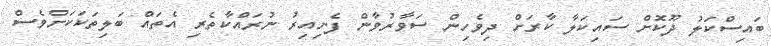
ބައިސްކަލު ދޫކޮށް ސައިކަލާ ކާރަށް ދިވެހިން ސަވާރުވާން ފެށިއިރު ނުރައްކާތެރި އެތައް ބަލިތަކަކަށްވެސް